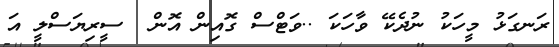
ރަނގަޅު މީހަކު ނުދެކޭ ވާހަކަ ..ވަޓްސް ގޮއިން އޮން  ސީރިޔަސްލީ އަ